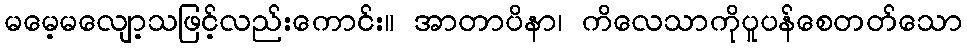
မမေ့မလျော့သဖြင့်လည်းကောင်း။ အာတာပိနာ၊ ကိလေသာကိုပူပန်စေတတ်သော